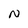
Character: N